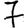
Digit: 7